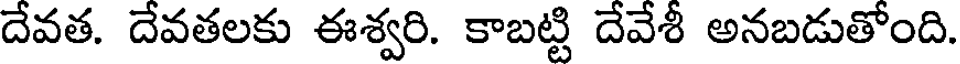
దేవత. దేవతలకు ఈశ్వరి. కాబట్టి దేవేశీ అనబడుతోంది.